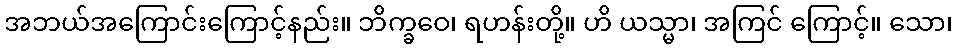
အဘယ်အကြောင်းကြောင့်နည်း။ ဘိက္ခဝေ၊ ရဟန်းတို့။ ဟိ ယသ္မာ၊ အကြင် ကြောင့်။ သော၊